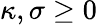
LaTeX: \kappa,\sigma\geq 0